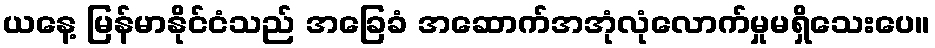
ယနေ့ မြန်မာနိုင်ငံသည် အခြေခံ အဆောက်အအုံလုံလောက်မှုမရှိသေးပေ။